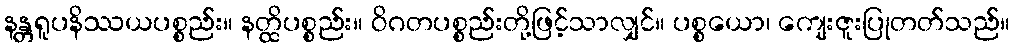
နန္တရူပနိဿယပစ္စည်း။ နတ္ထိပစ္စည်း။ ဝိဂတပစ္စည်းတို့ဖြင့်သာလျှင်။ ပစ္စယော၊ ကျေးဇူးပြုတတ်သည်။